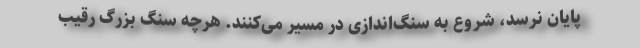
پایان نرسد، شروع به سنگ‌اندازی در مسیر می‌کنند. هرچه سنگ بزرگ‌‌ رقیب